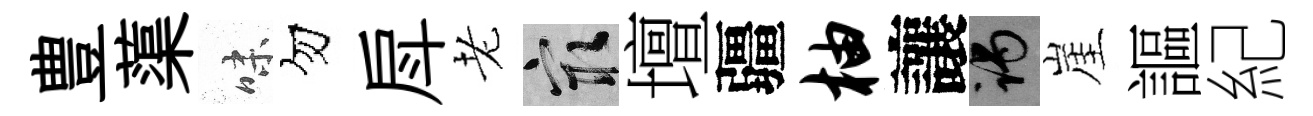
豊蕖味勿戽老冣壇疆柚讓谒崖謳紀